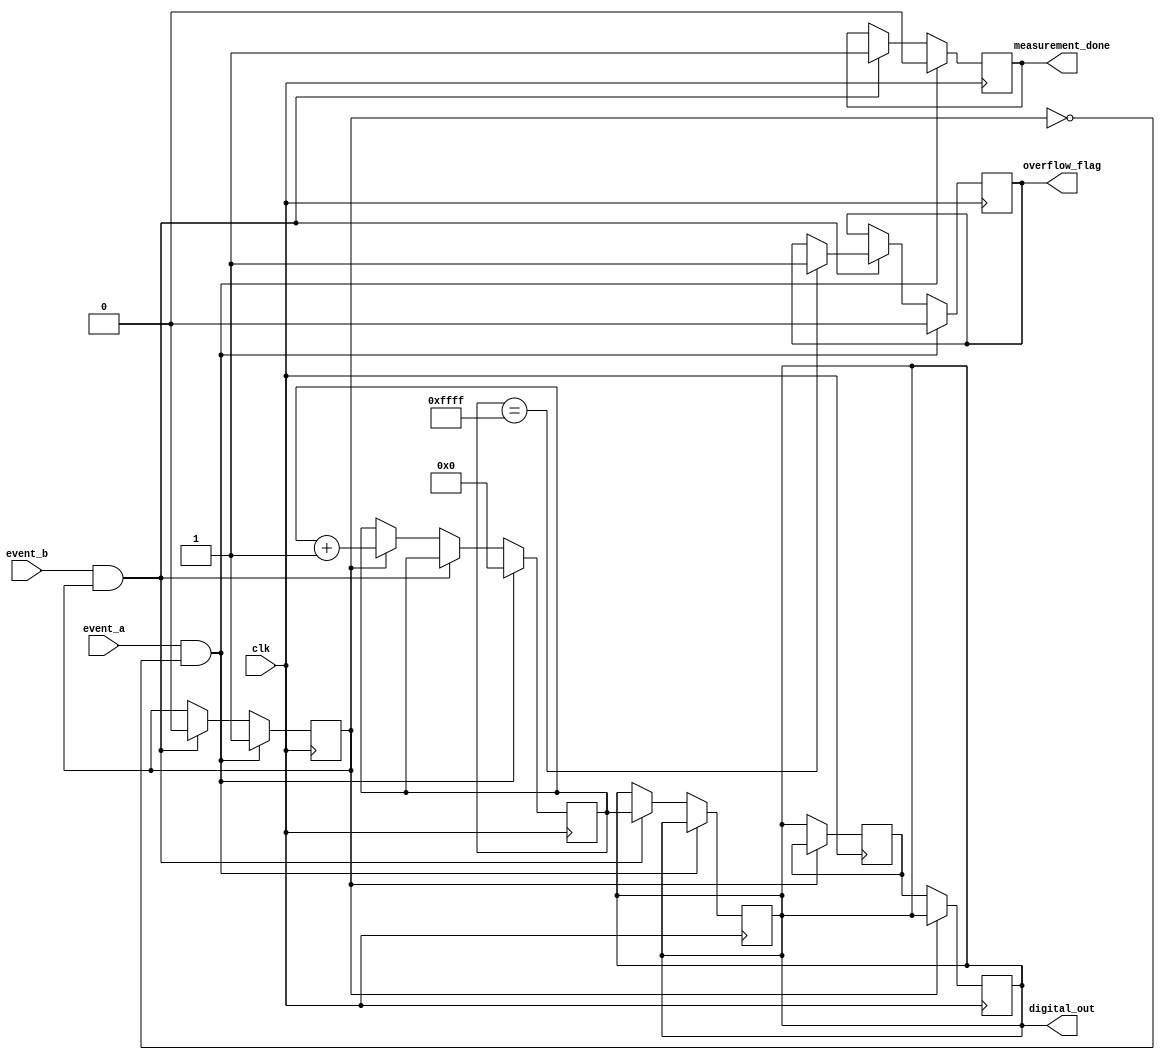
module TDC (
    input wire clk,               // High-resolution clock
    input wire event_a,           // Start event input
    input wire event_b,           // Stop event input
    output reg [15:0] digital_out, // Digital output representing time interval
    output reg overflow_flag,      // Overflow flag
    output reg measurement_done     // Measurement completion flag
);

    reg [15:0] counter;            // Counter for time measurement
    reg measuring;                 // State flag for measuring
    reg [15:0] dac_output;         // DAC output (for simulation purposes)
    
    // State machine for control logic
    always @(posedge clk) begin
        if (event_a && !measuring) begin
            // Start measuring on rising edge of Event A
            measuring <= 1'b1;
            counter <= 16'b0;       // Reset counter
            overflow_flag <= 1'b0;  // Clear overflow flag
            measurement_done <= 1'b0; // Clear measurement done flag
        end else if (event_b && measuring) begin
            // Stop measuring on rising edge of Event B
            measuring <= 1'b0;
            digital_out <= counter;  // Output the counter value
            measurement_done <= 1'b1; // Indicate measurement is done
            
            // Check for overflow
            if (counter == 16'hFFFF) begin
                overflow_flag <= 1'b1; // Set overflow flag
            end
        end else if (measuring) begin
            // Increment counter while measuring
            counter <= counter + 1'b1;
        end
    end

    // Time-to-Voltage Conversion (DAC simulation)
    always @(posedge clk) begin
        if (!measuring) begin
            // Simulate DAC output based on counter value
            dac_output <= digital_out; // In a real design, this would be connected to an actual DAC
        end
    end

    // Output the DAC value (for simulation purposes)
    // In a real design, this would connect to an ADC for quantization
    // Here we just pass the DAC output to digital_out for demonstration
    always @(posedge clk) begin
        if (!measuring) begin
            digital_out <= dac_output; // Output the DAC value
        end
    end

endmodule